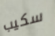
سكيب